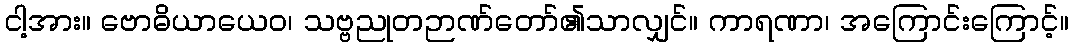
ငါ့အား။ ဗောဓိယာယေဝ၊ သဗ္ဗညုတဉာဏ်တော်၏သာလျှင်။ ကာရဏာ၊ အကြောင်းကြောင့်။